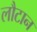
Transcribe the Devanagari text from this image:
लौटान